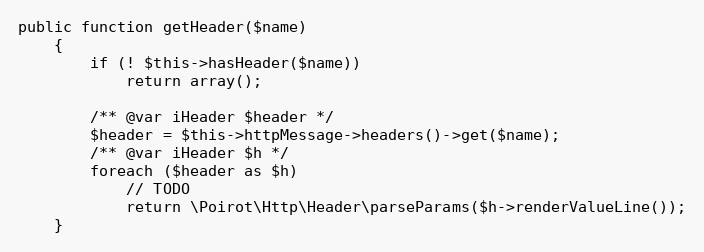
Language: PHP
public function getHeader($name)
    {
        if (! $this->hasHeader($name))
            return array();

        /** @var iHeader $header */
        $header = $this->httpMessage->headers()->get($name);
        /** @var iHeader $h */
        foreach ($header as $h)
            // TODO
            return \Poirot\Http\Header\parseParams($h->renderValueLine());
    }